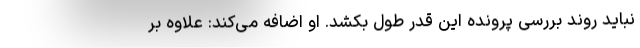
نباید روند بررسی پرونده این قدر طول بکشد. او اضافه می‌کند: علاوه بر